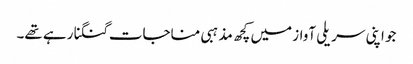
جو اپنی سریلی آواز میں کچھ مذہبی مناجات گنگنا رہے تھے۔